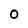
Character: O